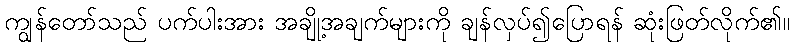
ကျွန်တော်သည် ပက်ပါးအား အချို့အချက်များကို ချန်လှပ်၍ပြောရန် ဆုံးဖြတ်လိုက်၏။